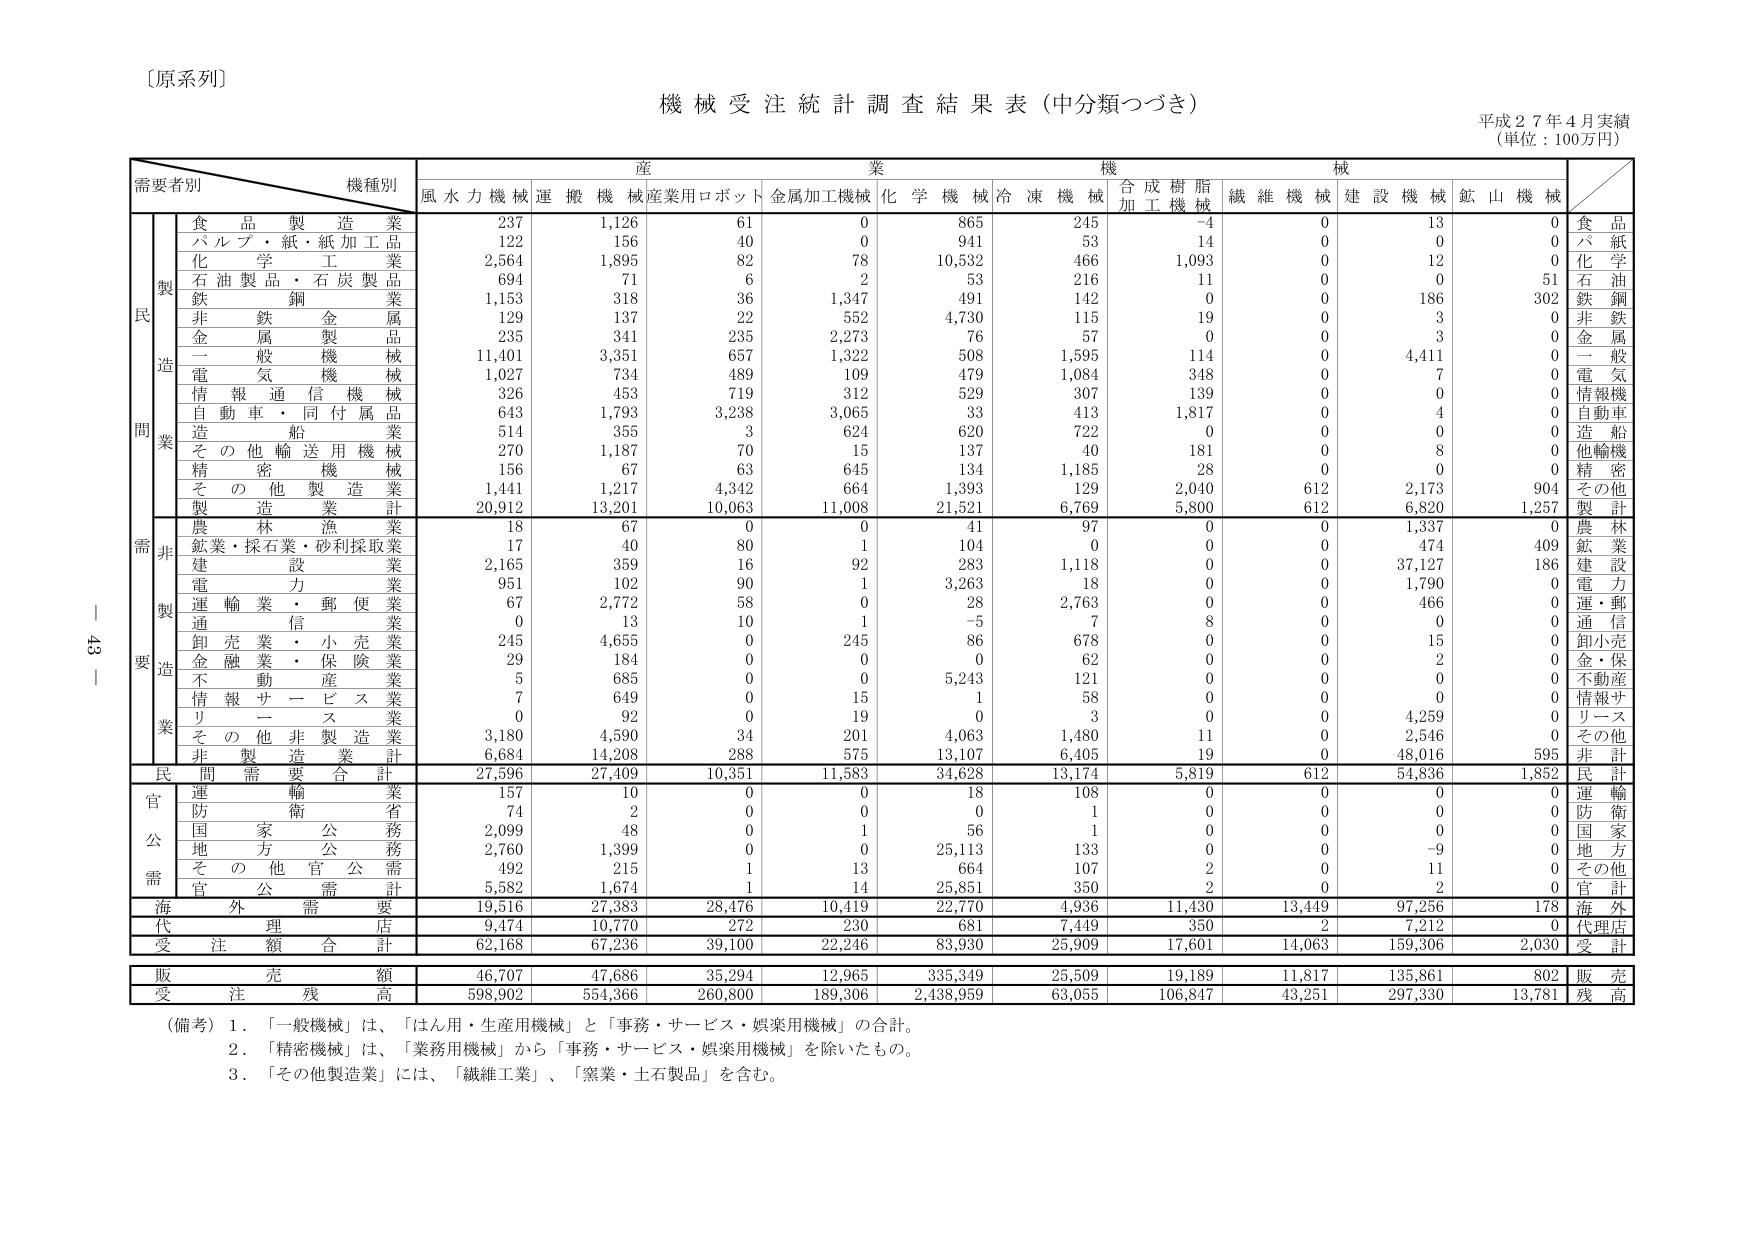
〔原系列〕
機械受注統計調査結果表（中分類つづき）
平成２７年４月実績
（単位：100万円）

需要者別　　機種別